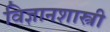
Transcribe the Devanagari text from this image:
विज्ञानशास्त्री